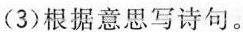
(3)根据意思写诗句。